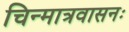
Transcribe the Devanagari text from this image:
चिन्मात्रवासनः